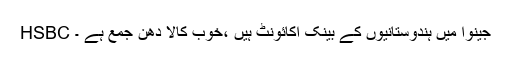
HSBC جینوا میں ہندوستانیوں کے بینک اکائونٹ ہیں ،خوب کالا دھن جمع ہے ۔